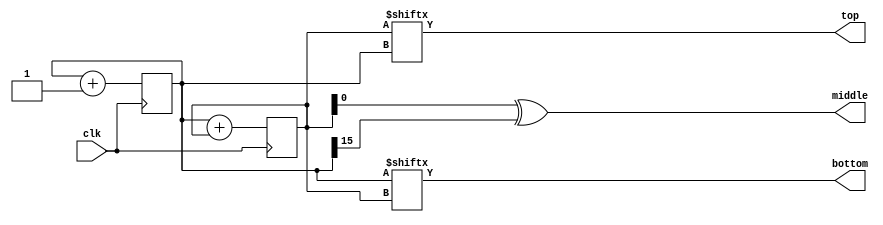
`default_nettype none

module three_bits_out(input wire clk, output wire top, output wire middle, output wire bottom);

    reg [15:0] counter;
    reg [15:0] index;
    initial begin 
        counter = 0;
    end

    assign top = index[counter];
    assign middle = index[0] ^ counter[15];
    assign bottom = counter[index];

    always @(posedge clk) begin
        counter <= counter + 1;
        index <= counter + index;
    end
endmodule